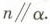
$$n \parallel \alpha $$.